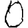
Digit: 0